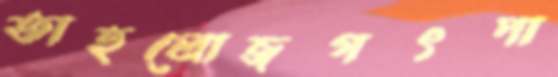
তাহলোজগৎপা